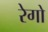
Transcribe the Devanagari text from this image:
रेगो